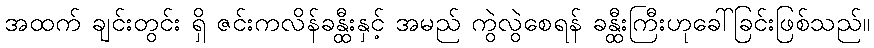
အထက် ချင်းတွင်း ရှိ ဇင်းကလိန်ခန္ထီးနှင့် အမည် ကွဲလွဲစေရန် ခန္ထီးကြီးဟုခေါ်ခြင်းဖြစ်သည်။